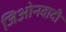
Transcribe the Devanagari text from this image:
जिओनवादी